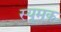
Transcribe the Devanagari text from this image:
स्यूमक